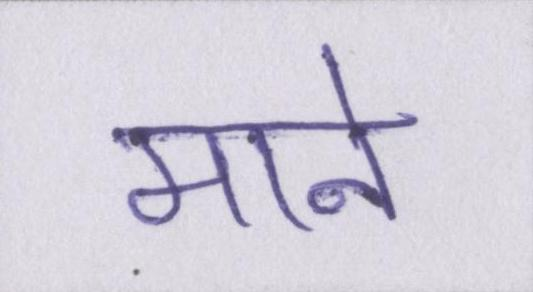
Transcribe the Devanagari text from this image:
माने